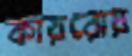
কায়রোয়